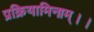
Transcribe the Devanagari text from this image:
प्रक्रियामिनाम्।।